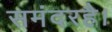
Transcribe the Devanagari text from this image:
समंदरहै।